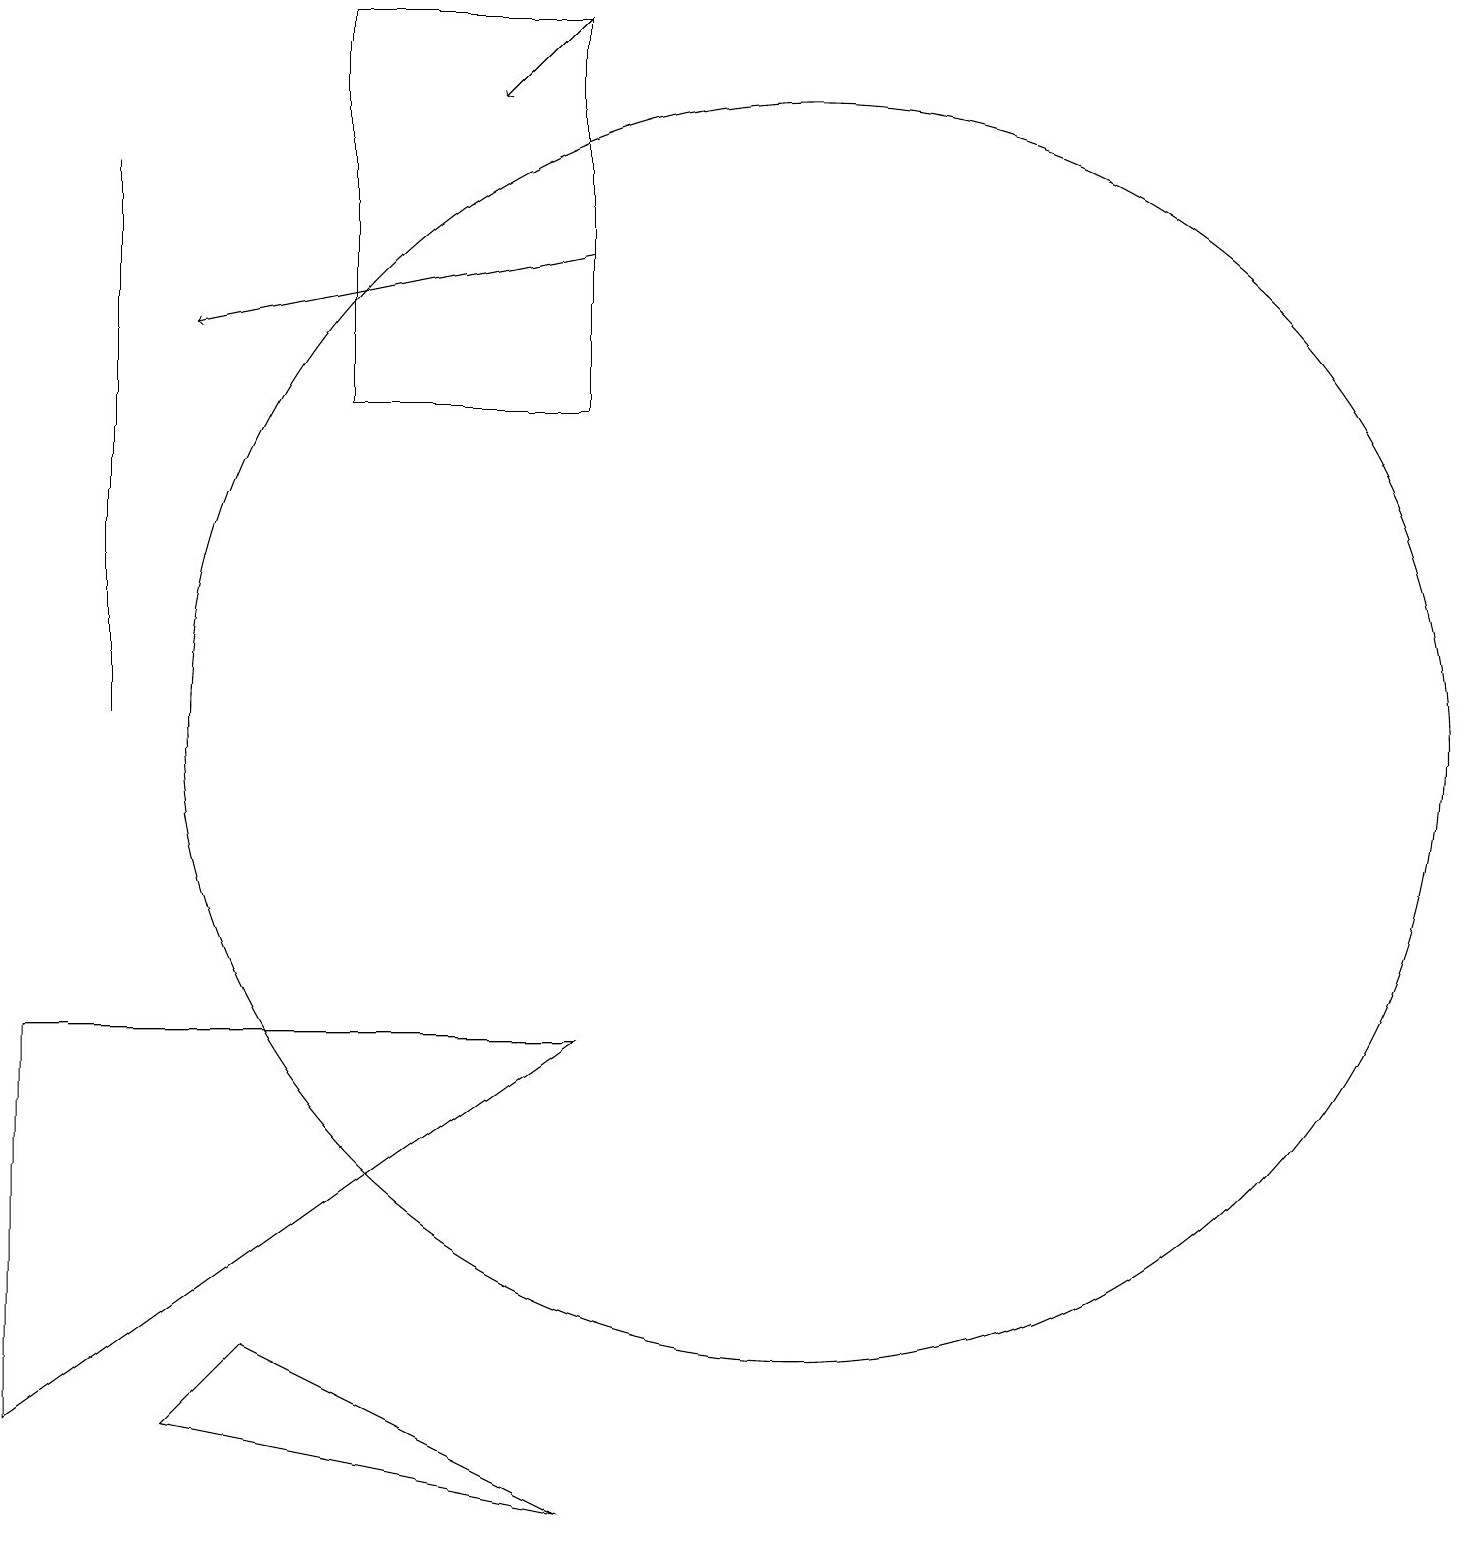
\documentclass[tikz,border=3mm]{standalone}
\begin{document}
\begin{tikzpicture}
\draw (2,17) rectangle (2,10);
\draw[->] (8,16) -- (3,15);
\draw (3,1) -- (4,2) -- (8,0) -- cycle;
\draw (5,19) rectangle (8,14);
\draw (11,10) circle (8);
\draw[->] (8,19) -- (7,18);
\draw (1,6) -- (8,6) -- (1,1) -- cycle;
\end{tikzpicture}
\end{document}